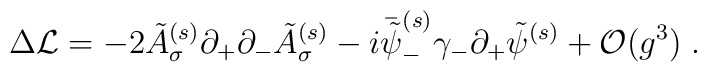
\Delta {\cal L} = -2 \tilde{A}^{(s)}_\sigma \partial_+ \partial_-   \tilde{A}^{(s)}_\sigma -   i \bar{\tilde{\psi}}^{(s)}_- \gamma_- \partial_+   \tilde{\psi}^{(s)} + {\cal O}(g^3) \; .